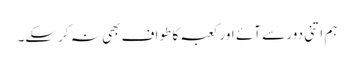
ہم اتنی دور سے آئے اور کعبہ کا طواف بھی نہ کرسکے۔